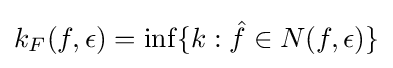
k_{F}(f,\epsilon )=\inf\{k:{\hat {f}}\in N(f,\epsilon )\}